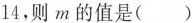
14，则m的值是()